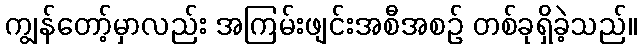
ကျွန်တော့်မှာလည်း အကြမ်းဖျင်းအစီအစဉ် တစ်ခုရှိခဲ့သည်။